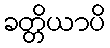
ခတ္တိယာပိ